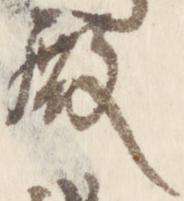
殿